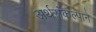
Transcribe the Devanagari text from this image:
अर्थसंकल्पाने